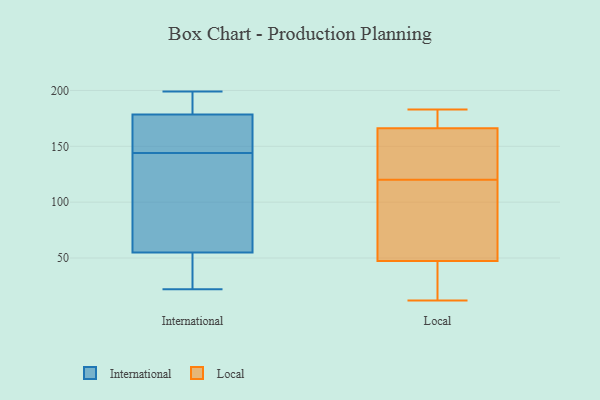
{"axis": {"x": "Temperature (°C)", "y": "Value"}, "legend": ["International", "Local"], "data": [{"x": "", "y": 173, "type": "International"}, {"x": "", "y": 34, "type": "International"}, {"x": "", "y": 180, "type": "International"}, {"x": "", "y": 64, "type": "International"}, {"x": "", "y": 194, "type": "International"}, {"x": "", "y": 151, "type": "International"}, {"x": "", "y": 79, "type": "International"}, {"x": "", "y": 144, "type": "International"}, {"x": "", "y": 54, "type": "International"}, {"x": "", "y": 174, "type": "International"}, {"x": "", "y": 22, "type": "International"}, {"x": "", "y": 58, "type": "International"}, {"x": "", "y": 199, "type": "International"}, {"x": "", "y": 27, "type": "International"}, {"x": "", "y": 110, "type": "International"}, {"x": "", "y": 196, "type": "International"}, {"x": "", "y": 49, "type": "International"}, {"x": "", "y": 165, "type": "International"}, {"x": "", "y": 188, "type": "International"}, {"x": "", "y": 46, "type": "Local"}, {"x": "", "y": 137, "type": "Local"}, {"x": "", "y": 120, "type": "Local"}, {"x": "", "y": 183, "type": "Local"}, {"x": "", "y": 12, "type": "Local"}, {"x": "", "y": 178, "type": "Local"}, {"x": "", "y": 40, "type": "Local"}, {"x": "", "y": 131, "type": "Local"}, {"x": "", "y": 51, "type": "Local"}, {"x": "", "y": 176, "type": "Local"}, {"x": "", "y": 96, "type": "Local"}]}